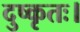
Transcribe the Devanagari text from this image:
दुष्कृतः।